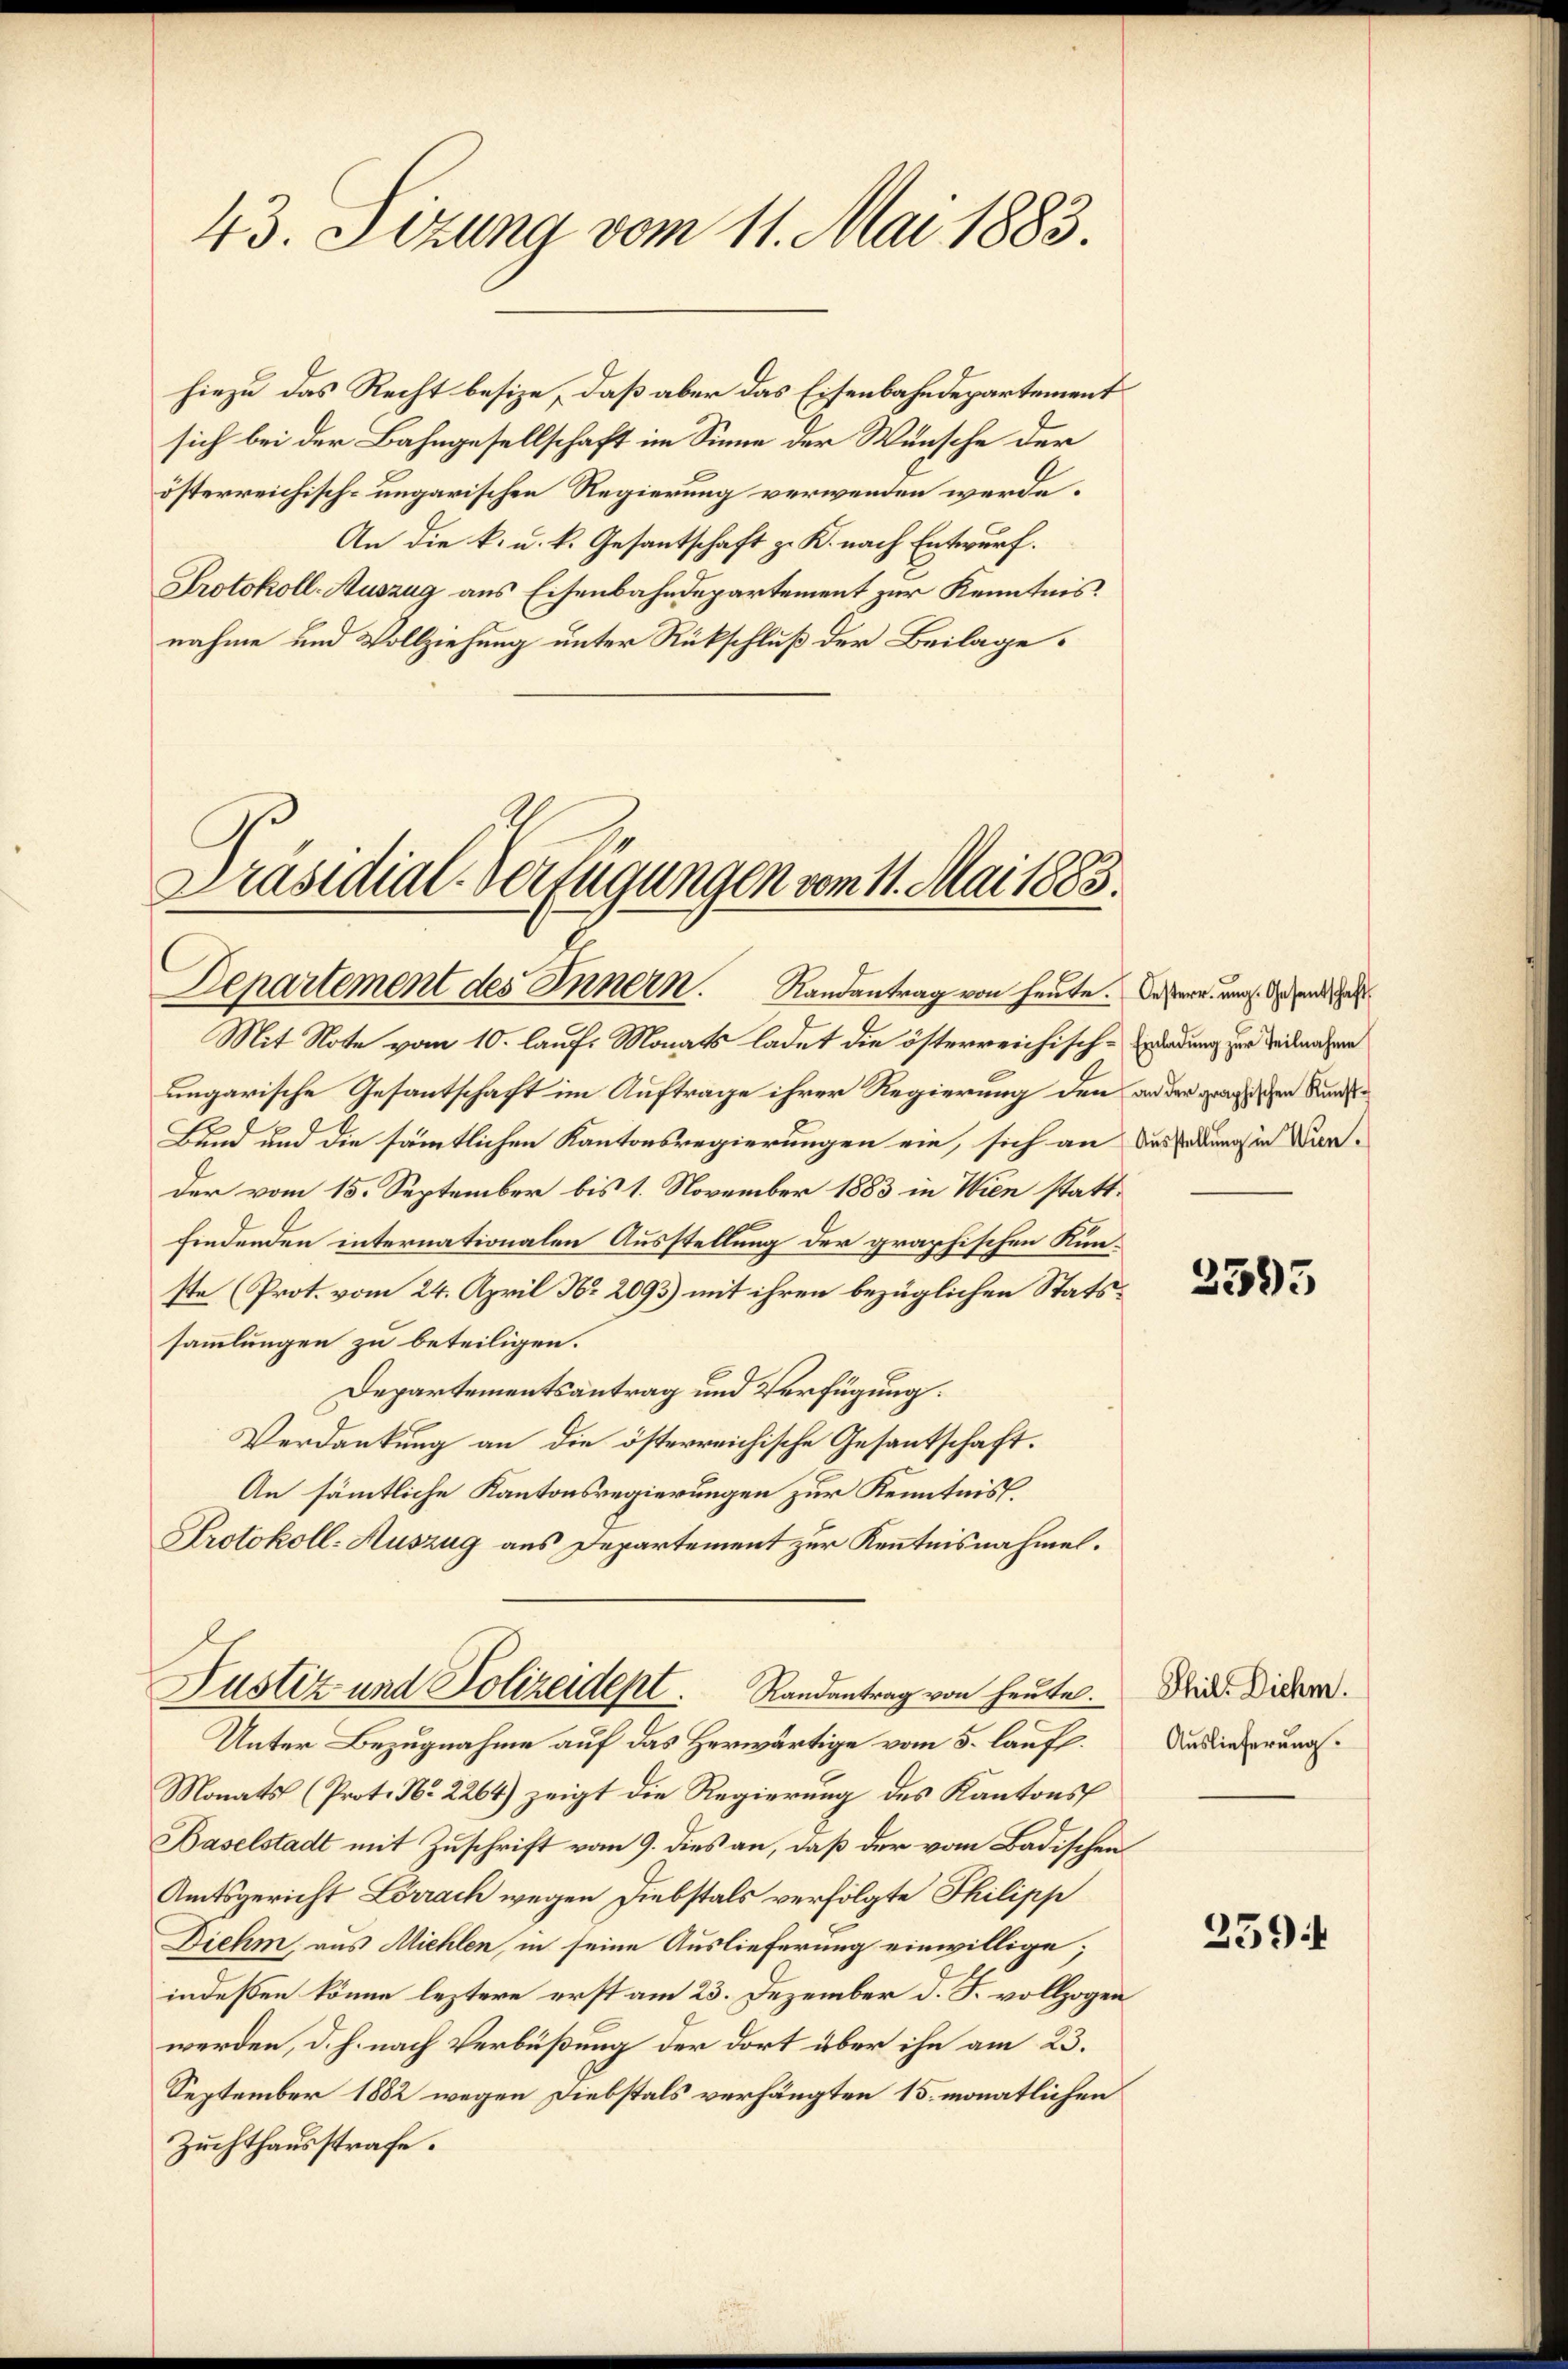
43. Sizung vom 11. Mai 1883.

hiezu das Recht besize, daß aber das Eisenbahndepartement
sich bei der Bahngesellschaft im Sinne der Wunsche der
österreichisch-ungarischen Regierung verwenden werde.
An die k. u. k. Gesantschaft z. K. nach Entwurf.
Protokoll-Auszug aus Eisenbahndepartement zur Kenntnis.
nahme und Vollziehung unter Rückschluß der Beilage

Präsidial-Verfügungen vom 11. Mai 1883.
Departement des Innern. Randantrag von heute. Deser aus den

Mit Note vom 10. laufs Monats ladet die österreichischeidung zur Teilnahme
ungarische Gesantschaft im Auftrage ihrer Regierung den an der gradischen Kund¬
Bund und die sämmtlichen Kantonsregierungen ein, sich an
der vom 15. September bis 1. November 1883 in Wien stattfindenden internationalen Ausstellung der graphischen Kunste (Prot. vom 24. April Nr. 2093) mit ihren bezüglichen Statssammlungen zu beteiligen.
Departementsantrag und Verfügung.
Verdankung an die österreichische Gesantschaft.
An sämtliche Kantonsregierungen zur Kenntnis.
Protokoll- Auszug aus Departement zur Kenntnisnahmel.

Justiz und Polizeidept. Randantrag von heute. Die Dicken.

Ausstellung in Wien.

Unter Bezugnahme auf das Herwärtige vom 5. lauf.
Monats (Prot. No. 2264) zeigt die Regierung des Kantons
Baselstadt mit Zuschrift vom 9. dies an, daß der vom Badischen
Amtsgericht Lörrach wegen Diebstals verfolgte Philipp
Diehm, aus Michlen, in seine Auslieferung einwillige;
indeßen könne leztere erst am 23. Dezember d. J. vollzogen
werden, d. h. nach Verbüßung der dort über ihn am 23.
September 1882 wegen Diebstals verhängten 15. monatlichen
Zuchthausstrafe.

2595

Auslieferung.

259: